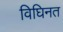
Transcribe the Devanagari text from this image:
विघिनत